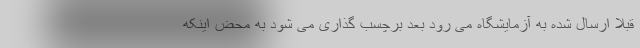
قبلا ارسال شده به آزمایشگاه می رود بعد برچسب گذاری می شود به محض اینکه